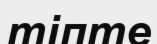
тіпте